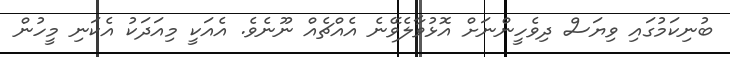
ބުނިކަމުގައި ވިޔަސް ދިވެހީންނަށް އޮޅުވާލެވޭނެ އެއްޗެއް ނޫނެވެ. އެއަކީ މިއަދަކު އެކަނި މީހުން